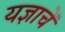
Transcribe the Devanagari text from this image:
यज्ञाचें